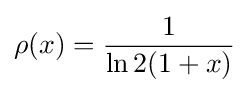
\rho (x)={\frac {1}{\ln 2(1+x)}}